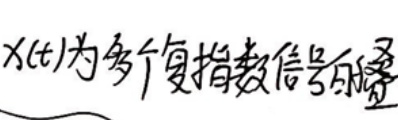
x(t)为多个复指数信号的叠加